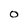
Character: O